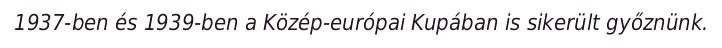
1937-ben és 1939-ben a Közép-európai Kupában is sikerült győznünk.